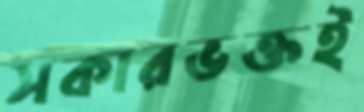
সকারভক্তই